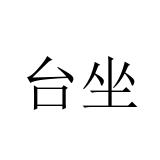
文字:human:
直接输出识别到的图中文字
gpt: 台坐